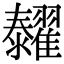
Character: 𦒰